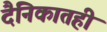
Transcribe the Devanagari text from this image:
दैनिकातही